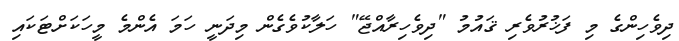
ދިވެހިންގެ މި ފަޚުރުވެރި ޤައުމު "ދިވެހިރާއްޖޭ" ހަލާކުވެގެން މިދަނީ ހަމަ އެންމެ މީހަކަށްޓަކައި